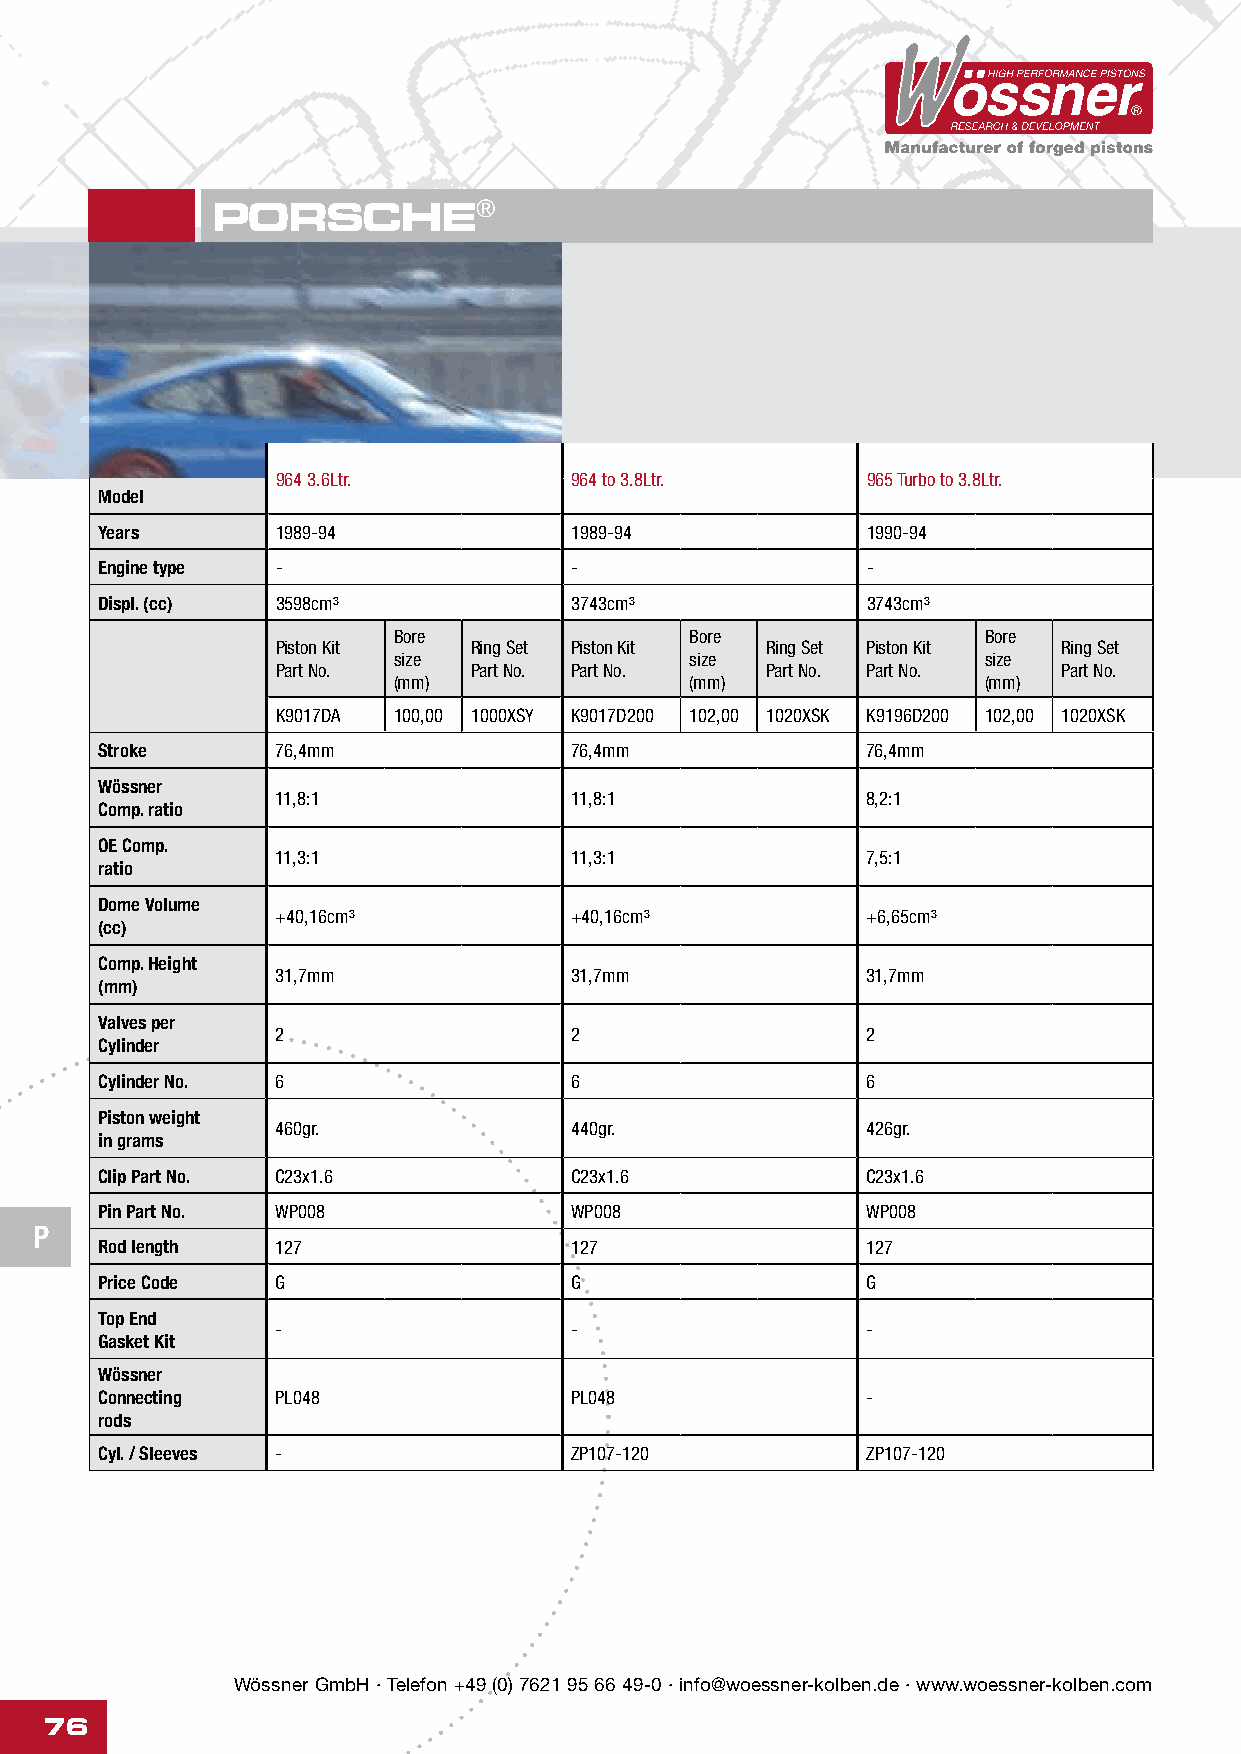
PORSCHE®
 964 3.6Ltr.         964 to 3.8Ltr.     965 Turbo to 3.8Ltr.
 Model
 Years      1989-94             1989-94            1990-94
 Engine type -                  -                  -
 Displ. (cc) 3598cm³            3743cm³            3743cm³
 Bore                Bore               Bore
 Piston Kit   Ring Set Piston Kit Ring Set Piston Kit Ring Set
 size                size               size
 Part No.     Part No. Part No.   Part No. Part No.  Part No.
 (mm)                (mm)               (mm)
 K9017DA 100,00 1000XSY K9017D200 102,00 1020XSK K9196D200 102,00 1020XSK
 Stroke      76,4mm              76,4mm             76,4mm
 Wössner
 11,8:1              11,8:1             8,2:1
 Comp. ratio
 OE Comp.
 11,3:1              11,3:1             7,5:1
 ratio
 Dome Volume
 +40,16cm³           +40,16cm³          +6,65cm³
 (cc)
 Comp. Height
 31,7mm              31,7mm             31,7mm
 (mm)
 Valves per
 2                   2                  2
 Cylinder
 Cylinder No. 6                  6                  6
 Piston weight
 460gr.              440gr.             426gr.
 in grams
 Clip Part No. C23x1.6           C23x1.6            C23x1.6
 Pin Part No. WP008              WP008              WP008
 P
 Rod length  127                 127                127
 Price Code  G                   G                  G
 Top End
 -                   -                  -
 Gasket Kit
 Wössner
 Connecting  PL048               PL048              -
 rods
 Cyl. / Sleeves -                ZP107-120          ZP107-120
 Wössner GmbH · Telefon +49 (0) 7621 95 66 49-0 · info@woessner-kolben.de · www.woessner-kolben.com
 76